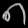
Digit: ၈